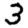
Digit: 3